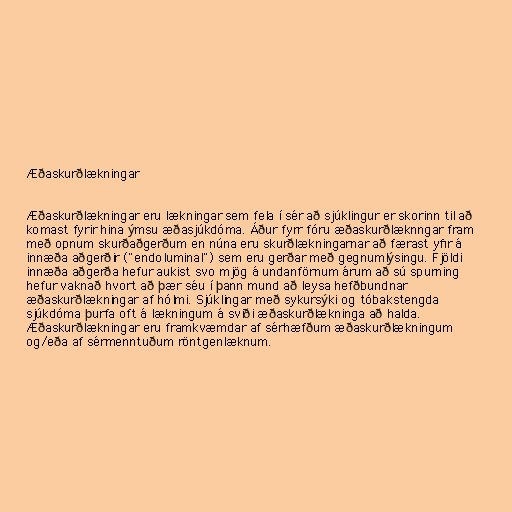
Æðaskurðlækningar

Æðaskurðlækningar eru lækningar sem fela í sér að sjúklingur er skorinn til að
komast fyrir hina ýmsu æðasjúkdóma. Áður fyrr fóru æðaskurðlæknngar fram
með opnum skurðaðgerðum en núna eru skurðlækningarnar að færast yfir á
innæða aðgerðir ("endoluminal") sem eru gerðar með gegnumlýsingu. Fjöldi
innæða aðgerða hefur aukist svo mjög á undanförnum árum að sú spurning
hefur vaknað hvort að þær séu í þann mund að leysa hefðbundnar
æðaskurðlækningar af hólmi. Sjúklingar með sykursýki og tóbakstengda
sjúkdóma þurfa oft á lækningum á sviði æðaskurðlækninga að halda.
Æðaskurðlækningar eru framkvæmdar af sérhæfðum æðaskurðlækningum
og/eða af sérmenntuðum röntgenlæknum.